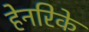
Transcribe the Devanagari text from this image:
हेनरिके